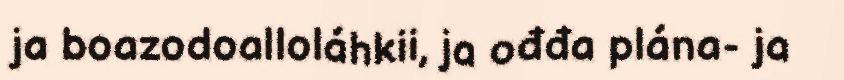
ja boazodoalloláhkii, ja ođđa plána- ja